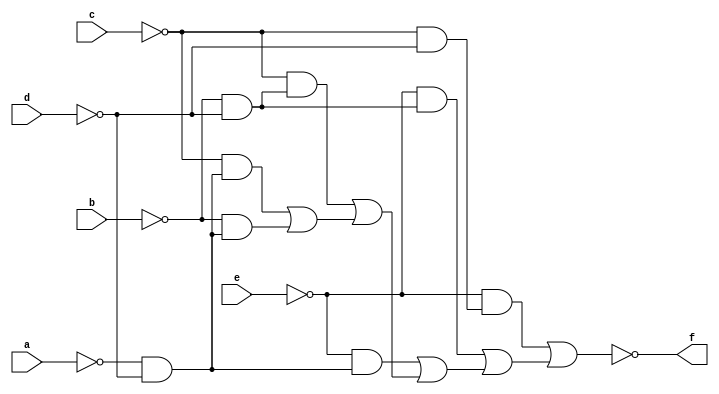
// IWLS benchmark module "traffic_cl" printed on Wed May 29 17:27:52 2002
module traffic_cl(a, b, c, d, e, f);
input
  a,
  b,
  c,
  d,
  e;
output
  f;
wire
  \[0] ,
  h;
assign
  \[0]  = ~h,
  f = \[0] ,
  h = (~e & (~c & ~d)) | ((~e & (~b & ~d)) | ((~e & (~a & ~d)) | ((~c & (~b & ~d)) | ((~c & (~a & ~d)) | (~b & (~a & ~d))))));
endmodule